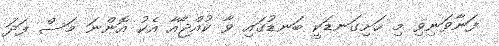
ފަނާވަނިވި މި ހަށިގަނޑަކީ ބަނޑުގައި ވާ ކުއްޖާއާ އެކު އޮންނަ މަސް ފަދަ